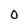
Character: 0